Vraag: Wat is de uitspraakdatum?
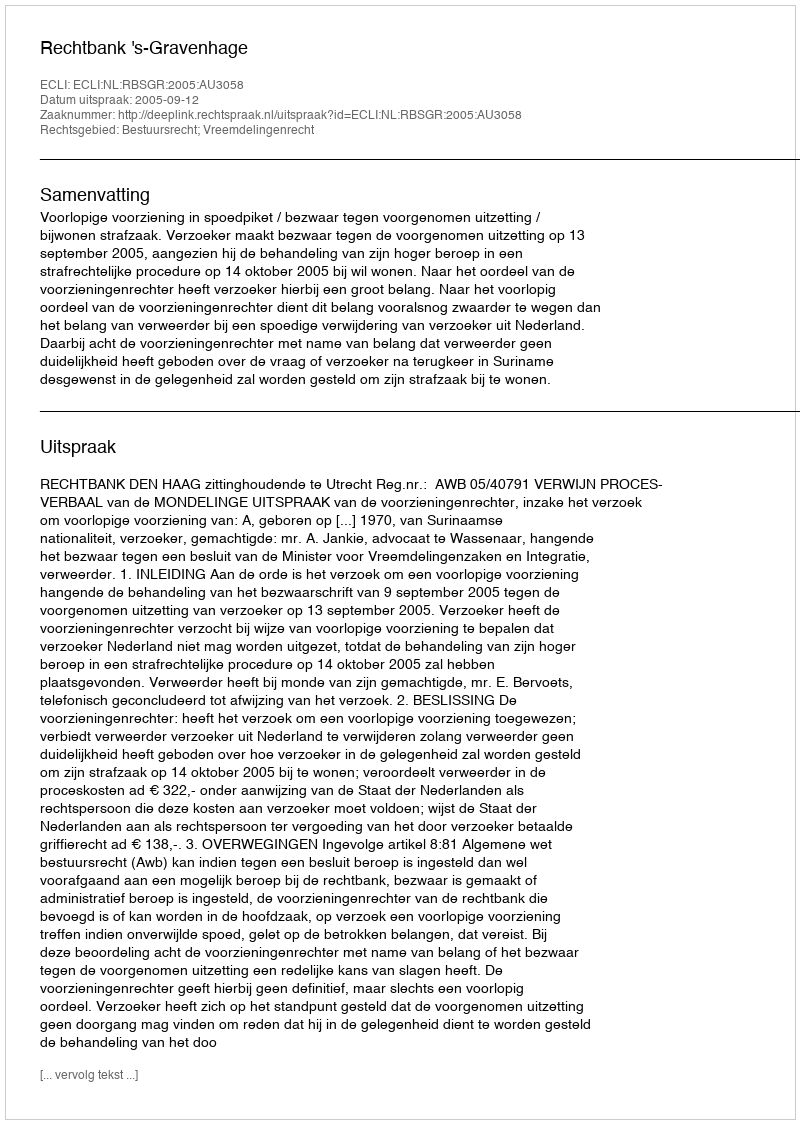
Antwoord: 2005-09-12